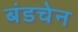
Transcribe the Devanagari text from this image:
बंडचेन